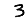
Digit: 3